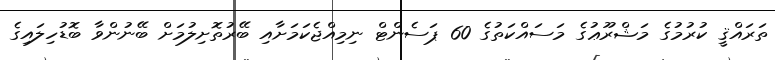
ތަރައްޤީ ކުރުމުގެ މަޝްރޫޢުގެ މަސައްކަތުގެ 60 ޕަސެންޓް ނިމިއްޖެކަމަށާއި ބޭރުތޮށިލުމަށް ބޭނުންވާ ބޮޑުހިލައިގެ